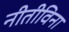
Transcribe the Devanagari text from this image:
नीतीविना